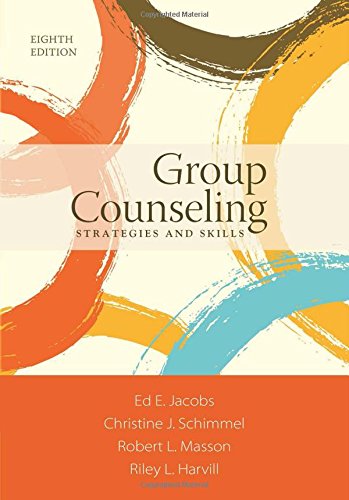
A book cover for Group Counseling: Strategies and Skills; Ed E. Jacobs; Education & Teaching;